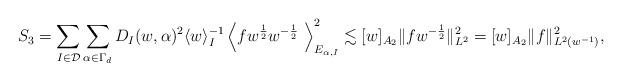
LaTeX: \begin{align*}\begin{aligned} S_3 &= \sum_{I \in \mathcal{D}} \sum_{\alpha \in \Gamma_d} D_I(w,\alpha)^2 \langle w \rangle^{-1}_I \left \langle f w^{\frac{1}{2}} w^{-\frac{1}{2}} \ \right \rangle_{E_{\alpha,I}}^2 \lesssim [w]_{A_2} \| f w^{-\frac{1}{2}} \|^2_{L^2} = [w]_{A_2} \| f \|^2_{L^2(w^{-1})}, \end{aligned} \end{align*}